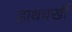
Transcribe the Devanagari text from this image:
हाथचर्खी